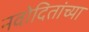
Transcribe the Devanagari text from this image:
नवोदितांच्या